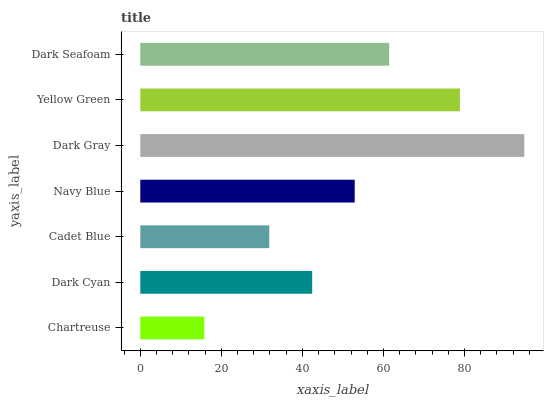
| yaxis_label | bars |
 | --- | --- |
 | Chartreuse | 15.8 |
 | Dark Cyan | 42.4 |
 | Cadet Blue | 31.8 |
 | Navy Blue | 52.9 |
 | Dark Gray | 94.8 |
 | Yellow Green | 78.9 |
 | Dark Seafoam | 61.4 |